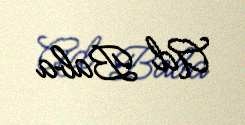
Ad Baba